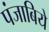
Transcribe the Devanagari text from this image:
पंजाबिये